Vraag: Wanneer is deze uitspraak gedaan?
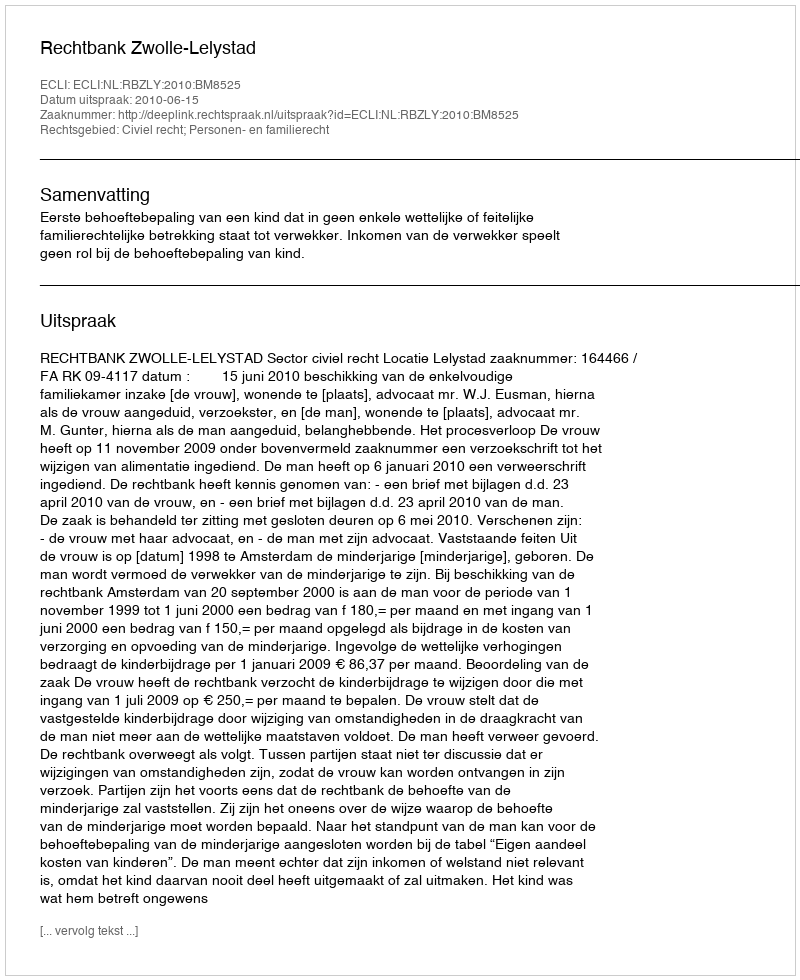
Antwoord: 2010-06-15